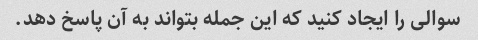
سوالی را ایجاد کنید که این جمله بتواند به آن پاسخ دهد.